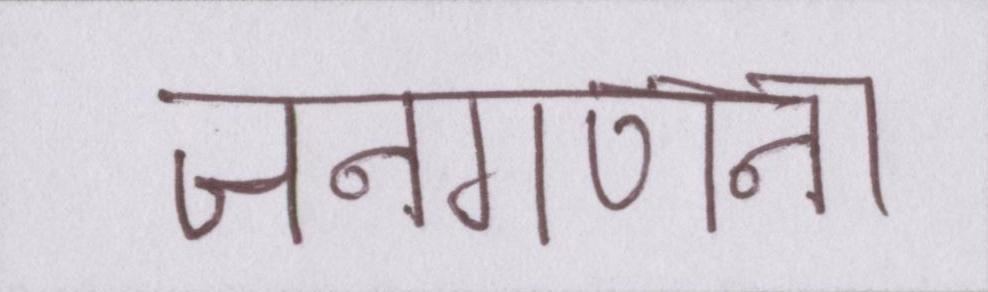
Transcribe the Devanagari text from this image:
जनगणना